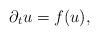
LaTeX: \begin{align*}\partial_t u=f(u),\end{align*}